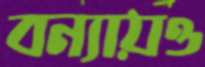
বন্যায়ও